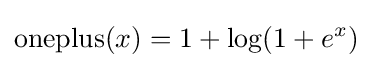
{\text{oneplus}}(x)=1+\log(1+e^{x})